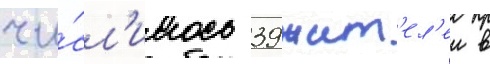
чи́сл'илось 39 жит'ел'еи в